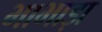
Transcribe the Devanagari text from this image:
भाभाड़ा